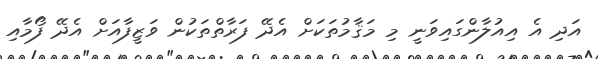
އަދި އެ އިއުލާންގައިވަނީ މި މަޤާމުތަކަށް އެދޭ ފަރާތްތަކުން ވަޒީފާއަށް އެދޭ ފޯމާއި